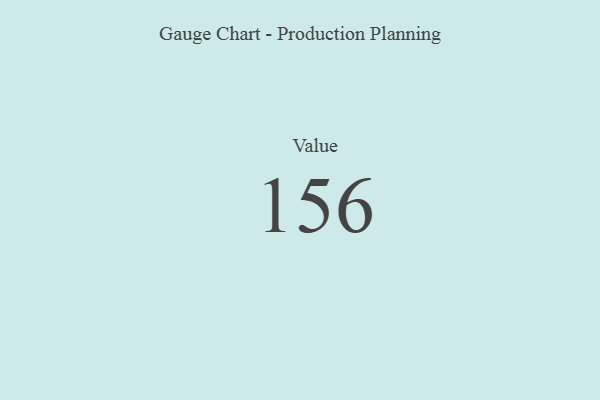
{"axis": {"x": "Metric", "y": "Value"}, "legend": [""], "data": [{"x": "Value", "y": 156, "type": ""}]}